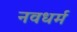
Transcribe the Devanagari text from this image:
नवधर्म